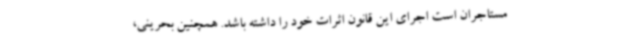
مستاجران است اجرای این قانون اثرات خود را داشته باشد. همچنین بحرینی،